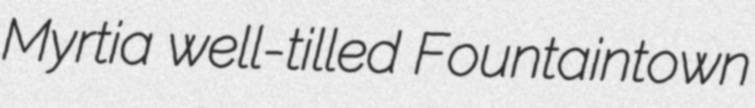
Myrtia well-tilled Fountaintown